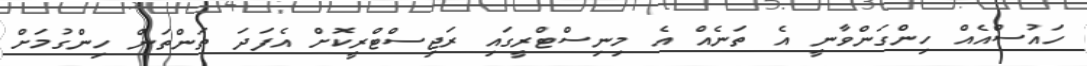
ހައުސްއެއް ހިންގަންވާނީ އެ ތަނެއް އެ މިނިސްޓްރީގައި ރަޖިސްޓްރީކޮށް އެފަދަ ތަންތަން ހިންގުމަށް